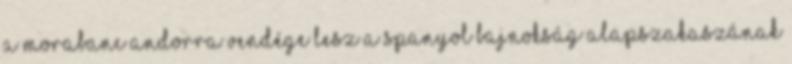
a Morabanc Andorra vendége lesz a spanyol bajnokság alapszakaszának